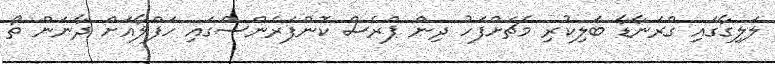
ލަލިގާގައި ގްރަނާޑާ ބަލިކުރި މެޗަށްފަހު ދިން ޕްރެސް ކޮންފަރެންސްގައި ހަފްލާއަށް ދާނަން ތޯ